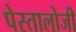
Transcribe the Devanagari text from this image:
पेस्तालोजी